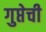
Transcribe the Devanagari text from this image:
गुप्तेची